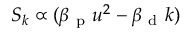
S _ { k } \propto ( \beta _ { \mathrm { ~ p ~ } } u ^ { 2 } - \beta _ { \mathrm { ~ d ~ } } k )